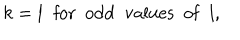
k = l \; \; \mathrm { f o r ~ o d d ~ v a l u e s ~ o f } \; \; l ,